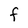
Character: F